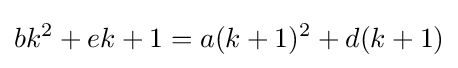
bk^{2}+ek+1=a(k+1)^{2}+d(k+1)